Civil Veterinary Dept. Bombay admin report 1932-41 - 1932-1941
Year: 1932
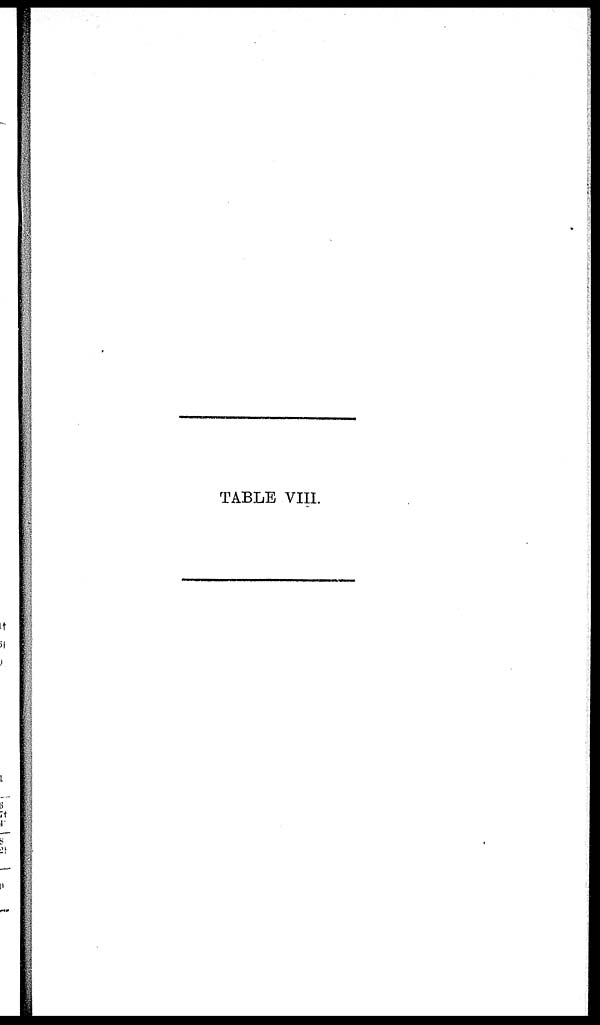
TABLE VIII.